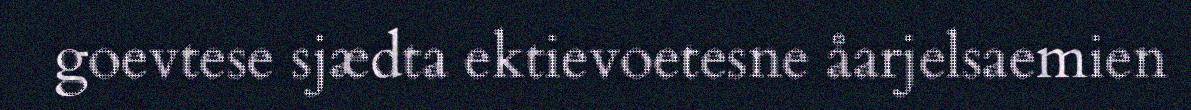
goevtese sjædta ektievoetesne åarjelsaemien